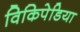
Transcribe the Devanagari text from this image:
विकिपेडिया